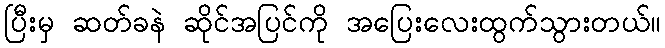
ပြီးမှ ဆတ်ခနဲ ဆိုင်အပြင်ကို အပြေးလေးထွက်သွားတယ်။